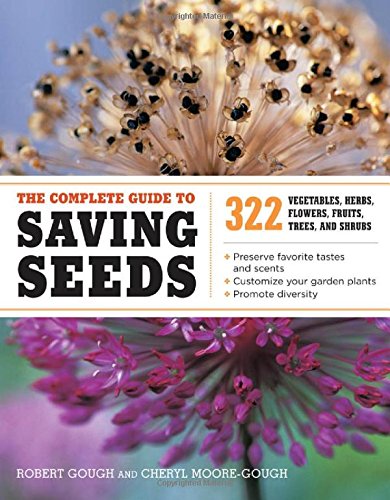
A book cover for The Complete Guide to Saving Seeds: 322 Vegetables, Herbs, Fruits, Flowers, Trees, and Shrubs; Robert E. Gough; Crafts, Hobbies & Home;